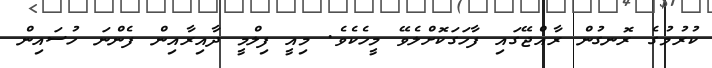
ކުރުމުގެ ރޮނގުން ރާއްޖޭގައި ފާހަގަކޮށްލެވޭ މީހެކެވެ. މިއީ ފިލްމީ ދާއިރާއިން ފެންނަ ހުސައިން